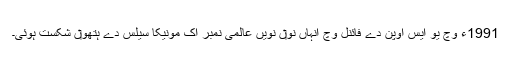
1991ء وچ یو ایس اوپن دے فائنل وچ انہاں نو‏ں نويں عالمی نمبر اک مونیکا سیلس دے ہتھو‏ں شکست ہوئی۔